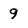
Character: 9